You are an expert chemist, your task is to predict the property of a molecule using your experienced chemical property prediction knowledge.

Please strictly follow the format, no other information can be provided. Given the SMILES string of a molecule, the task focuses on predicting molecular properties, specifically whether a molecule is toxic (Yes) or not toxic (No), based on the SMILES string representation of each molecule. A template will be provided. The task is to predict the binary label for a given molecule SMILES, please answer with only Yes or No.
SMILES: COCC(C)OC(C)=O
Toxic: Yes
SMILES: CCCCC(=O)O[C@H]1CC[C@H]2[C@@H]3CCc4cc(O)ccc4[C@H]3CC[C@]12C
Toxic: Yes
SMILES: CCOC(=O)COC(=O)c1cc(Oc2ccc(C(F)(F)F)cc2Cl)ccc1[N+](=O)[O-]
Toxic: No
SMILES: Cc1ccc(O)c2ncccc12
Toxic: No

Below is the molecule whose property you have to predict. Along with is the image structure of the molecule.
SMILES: C[C@]12CC[C@H]3[C@@H](CCC4=CC(=O)CC[C@@]43C)[C@@H]1CC[C@@H]2OC(=O)CCc1ccccc1
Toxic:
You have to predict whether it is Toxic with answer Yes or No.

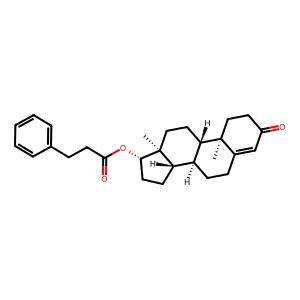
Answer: Yes